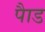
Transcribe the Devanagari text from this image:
पाैड